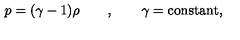
p = ( \gamma - 1 ) \rho \qquad , \qquad \gamma = \mathrm { c o n s t a n t } ,